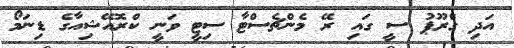
އަދި ގްރޫޕު ސީ ގައި ރޭ މެންޗެސްޓާ ސިޓީ ވަނީ ކްރޮއޭޝިއާގެ ޑިނަމޯ